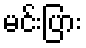
မင်းပြား